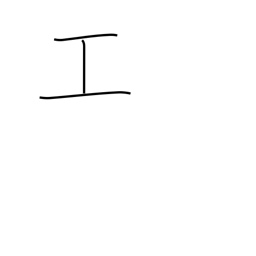
Meaning: construction